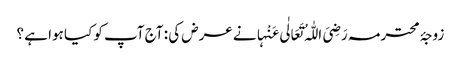
زوجۂ محترمہ رَضِیَ اللّٰہُ تَعَالٰی عَنْہانے عرض کی : آج آپ کو کیا ہوا ہے ؟